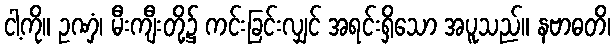
ငါ့ကို။ ဥဏှံ၊ မီးကျီးတို့၌ ကင်းခြင်းလျှင် အရင်းရှိသော အပူသည်။ နဗာဓတိ၊